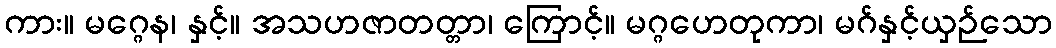
ကား။ မဂ္ဂေန၊ နှင့်။ အသဟဇာတတ္တာ၊ ကြောင့်။ မဂ္ဂဟေတုကာ၊ မဂ်နှင့်ယှဉ်သော